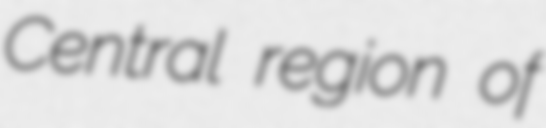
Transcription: Central region of